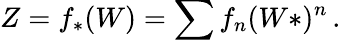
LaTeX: Z=f_{\ast}(W)=\sum f_{n}(W\ast)^{n}\, .